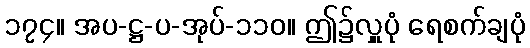
၁၇၄။ အပ-ဋ္ဌ-ပ-အုပ်-၁၁၀။ ဤ၌လှူပုံ ရေစက်ချပုံ